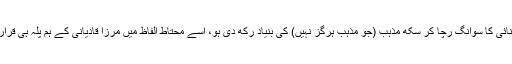
جس نے اسلام آشنائی کا سوانگ رچا کر سکھ مذہب (جو مذہب ہرگز نہیں) کی بنیاد رکھ دی ہو، اسے محتاط الفاظ میں مرزا قادیانی کے ہم پلہ ہی قرار دیا جا سکتا ہے۔